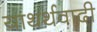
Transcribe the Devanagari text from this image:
याथर्थवादी